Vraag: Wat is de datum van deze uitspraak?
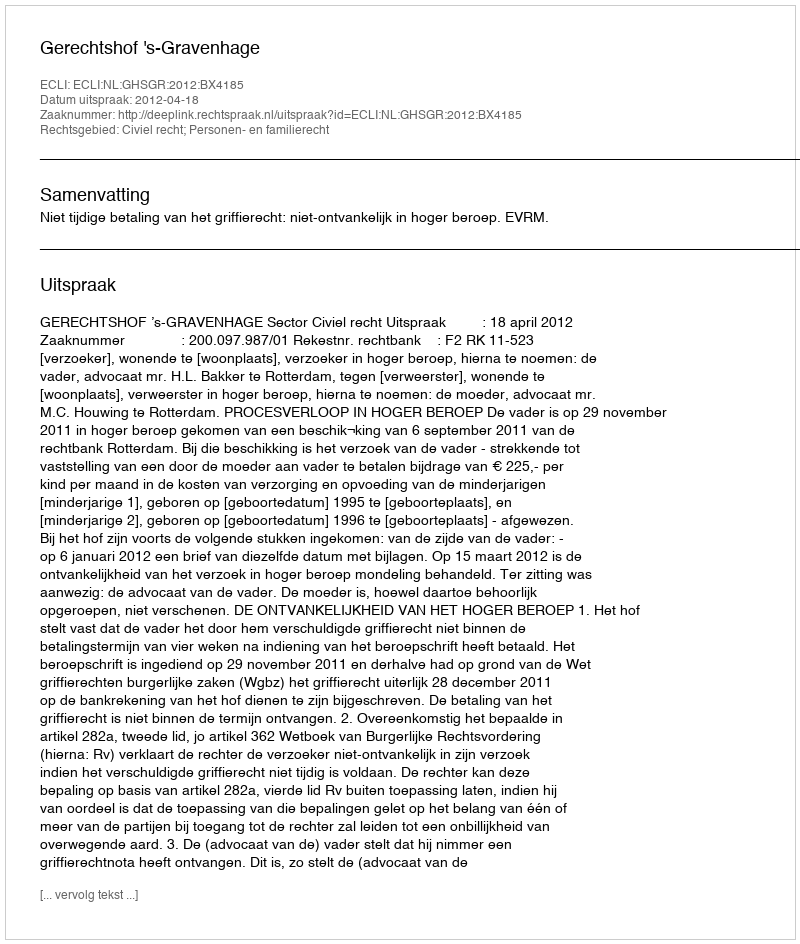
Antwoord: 2012-04-18